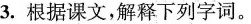
3.根据课文，解释下列字词。